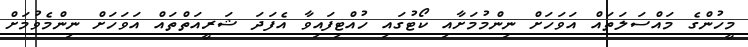
މީހުންގެ މައްސަލަތައް އަވަހަށް ނިންމުމަށާއި ކޯޓުގައި ހުއްޓިފައިވާ އެފަދަ ޝަރީއަތްތައް އަވަހަށް ނިންމެވުމަށް